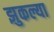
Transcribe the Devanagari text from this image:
झुकल्या